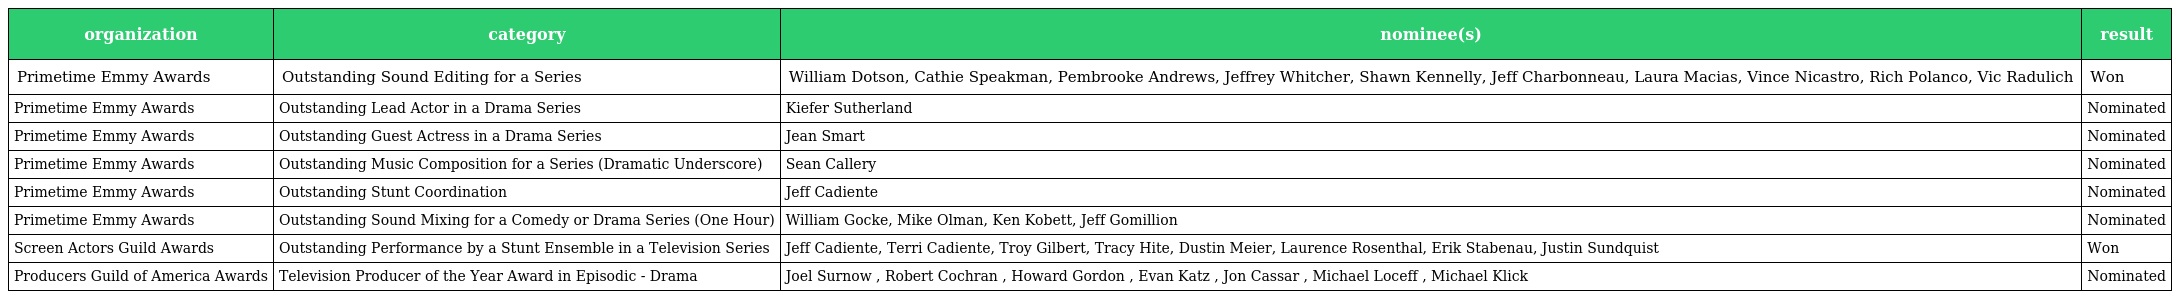
| organization | category | nominee(s) | result |
 | --- | --- | --- | --- |
 | Primetime Emmy Awards | Outstanding Sound Editing for a Series | William Dotson, Cathie Speakman, Pembrooke Andrews, Jeffrey Whitcher, Shawn Kennelly, Jeff Charbonneau, Laura Macias, Vince Nicastro, Rich Polanco, Vic Radulich | Won |
 | Primetime Emmy Awards | Outstanding Lead Actor in a Drama Series | Kiefer Sutherland | Nominated |
 | Primetime Emmy Awards | Outstanding Guest Actress in a Drama Series | Jean Smart | Nominated |
 | Primetime Emmy Awards | Outstanding Music Composition for a Series (Dramatic Underscore) | Sean Callery | Nominated |
 | Primetime Emmy Awards | Outstanding Stunt Coordination | Jeff Cadiente | Nominated |
 | Primetime Emmy Awards | Outstanding Sound Mixing for a Comedy or Drama Series (One Hour) | William Gocke, Mike Olman, Ken Kobett, Jeff Gomillion | Nominated |
 | Screen Actors Guild Awards | Outstanding Performance by a Stunt Ensemble in a Television Series | Jeff Cadiente, Terri Cadiente, Troy Gilbert, Tracy Hite, Dustin Meier, Laurence Rosenthal, Erik Stabenau, Justin Sundquist | Won |
 | Producers Guild of America Awards | Television Producer of the Year Award in Episodic - Drama | Joel Surnow , Robert Cochran , Howard Gordon , Evan Katz , Jon Cassar , Michael Loceff , Michael Klick | Nominated |